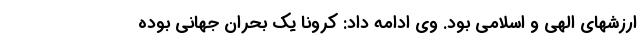
ارزشهای الهی و اسلامی بود. وی ادامه داد: کرونا یک بحران جهانی بوده